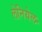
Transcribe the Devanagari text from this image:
लेनियेल